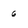
Character: 6